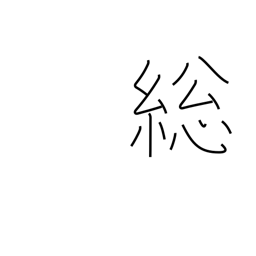
Meaning: full